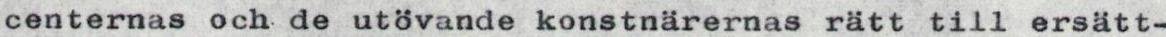
centernas och de utövande konstnarernas rätt till ersätt-